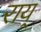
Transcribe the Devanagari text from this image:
राय्